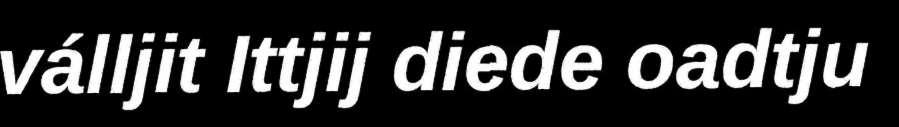
válljit Ittjij diede oadtju